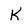
Character: K